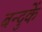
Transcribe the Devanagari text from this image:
बन्दुकें